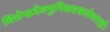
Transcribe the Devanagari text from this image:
विप्रेन्द्रदेवमुनिकष्टकलेशराहोः